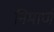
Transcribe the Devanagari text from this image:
निमार्ण